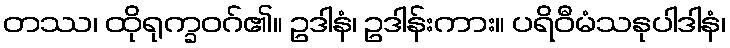
တဿ၊ ထိုရုက္ခဝဂ်၏။ ဥဒါနံ၊ ဥဒါန်းကား။ ပရိဝီမံသနုပါဒါနံ၊